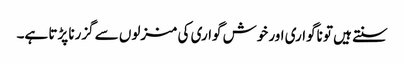
سنتے ہیں تو ناگواری اور خوش گواری کی منزلوں سے گزرنا پڑتا ہے۔